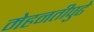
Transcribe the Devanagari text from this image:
मेहनतीपुढे